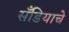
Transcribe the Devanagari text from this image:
सँडियाचे